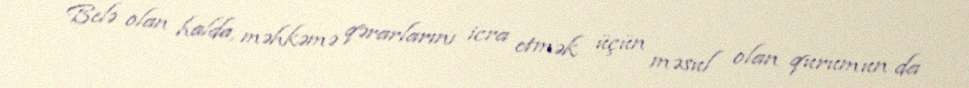
Belə olan halda, məhkəmə qərarlarını icra etmək üçün məsul olan qurumun da